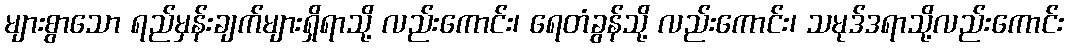
များစွာသော ရည်မှန်းချက်များရှိရာသို့ လည်းကောင်း၊ ရေတံခွန်သို့ လည်းကောင်း၊ သမုဒ်ဒရာသို့လည်းကောင်း